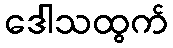
ဒေါသထွက်